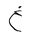
Letter: _gayn